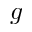
g